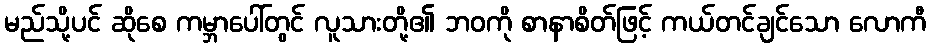
မည်သို့ပင် ဆိုစေ ကမ္ဘာပေါ်တွင် လူသားတို့၏ ဘဝကို စာနာစိတ်ဖြင့် ကယ်တင်ချင်သော လောကီ